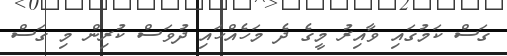
ގަސް ކަމުގައި ވާއިރު މީގެ ދެ މަހެއްހައި ދުވަސް ކުރިން މި ގަސް